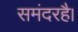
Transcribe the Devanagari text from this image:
समंदरहै।